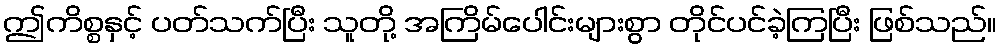
ဤကိစ္စနှင့် ပတ်သက်ပြီး သူတို့ အကြိမ်ပေါင်းများစွာ တိုင်ပင်ခဲ့ကြပြီး ဖြစ်သည်။